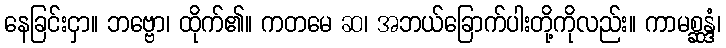
နေခြင်းငှာ။ ဘဗ္ဗော၊ ထိုက်၏။ ကတမေ ဆ၊ အဘယ်ခြောက်ပါးတို့ကိုလည်း။ ကာမစ္ဆန္ဒံ၊